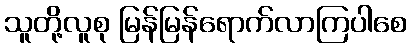
သူတို့လူစု မြန်မြန်ရောက်လာကြပါစေ